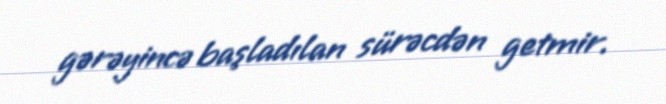
gərəyincə başladılan sürəcdən getmir.